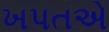
ખપતએ